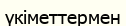
үкіметтермен